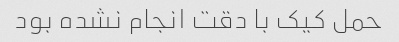
حمل کیک با دقت انجام نشده بود